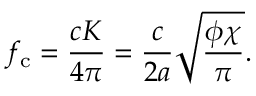
f _ { \mathrm { c } } = \frac { c K } { 4 \pi } = \frac { c } { 2 a } \sqrt { \frac { \phi \chi } { \pi } } .